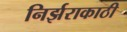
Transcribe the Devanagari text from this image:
निर्झराकाठी